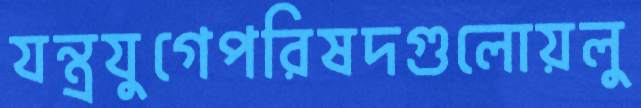
যন্ত্রযুগেপরিষদগুলোয়লু